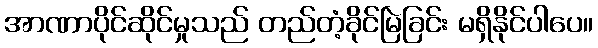
အာဏာပိုင်ဆိုင်မှုသည် တည်တံ့ခိုင်မြဲခြင်း မရှိနိုင်ပါပေ။